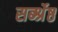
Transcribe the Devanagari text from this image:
सर्ब्श्रेष्ठ